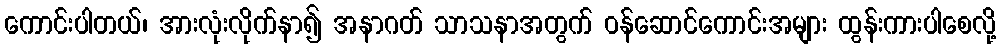
ကောင်းပါတယ်၊ အားလုံးလိုက်နာ၍ အနာဂတ် သာသနာအတွက် ဝန်ဆောင်ကောင်းအများ ထွန်းကားပါစေလို့